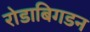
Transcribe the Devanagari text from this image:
रोडाबिगडन